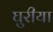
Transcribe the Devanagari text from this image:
घुरीया